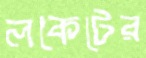
লকেটের